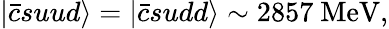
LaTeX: |\bar{c}suud\rangle=|\bar{c}sudd\rangle\sim 2857\mathrm{~MeV},